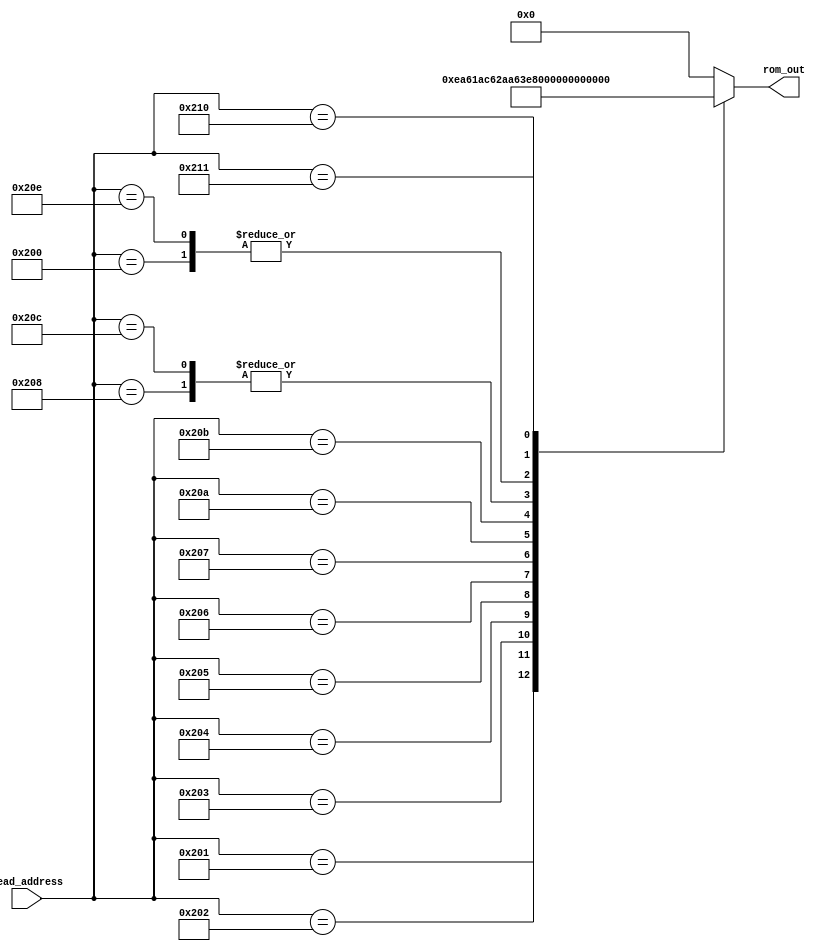
module dummy_rom_fx55(
	input wire [11:0] read_address,
	output reg [7:0] rom_out
);

always @* begin
	case (read_address)
 12'h200: rom_out <= 8'h60;
 12'h201: rom_out <= 8'hEA;
 12'h202: rom_out <= 8'h61;
 12'h203: rom_out <= 8'hAC;
 12'h204: rom_out <= 8'h62;
 12'h205: rom_out <= 8'hAA;
 12'h206: rom_out <= 8'h63;
 12'h207: rom_out <= 8'hE9;
 12'h208: rom_out <= 8'hA0;
 12'h209: rom_out <= 8'h00;
 12'h20A: rom_out <= 8'hF3;
 12'h20B: rom_out <= 8'h55;
 12'h20C: rom_out <= 8'hA0;
 12'h20D: rom_out <= 8'h00;
 12'h20E: rom_out <= 8'h60;
 12'h20F: rom_out <= 8'h00;
 12'h210: rom_out <= 8'hD0;
 12'h211: rom_out <= 8'h04;
  default: rom_out <= 8'h00;
	
	endcase
end

endmodule